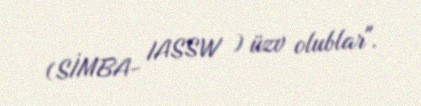
(SİMBA- IASSW ) üzv olublar".